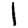
Digit: 1